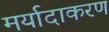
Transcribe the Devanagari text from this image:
मर्यादाकरण